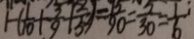
1 - ( \frac { 1 } { 1 0 } + \frac { 3 } { 9 } + \frac { 2 } { 5 } ) = \frac { 7 5 } { 9 0 } = \frac { 5 } { 3 0 } = \frac { 1 } { 6 }